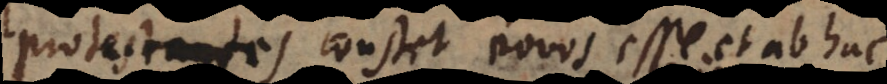
protestantes constet novos esse et ab hac